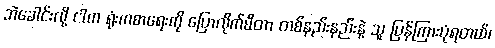
ဘဲခေါင်းလို့ ငါက ရုံးကစာရေးကို ပြောလိုက်မိတာ တစ်နည်းနည်းနဲ့ သူ ပြန်ကြားပုံရတယ်၊